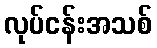
လုပ်ငန်းအသစ်